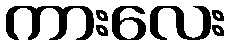
ကားလေး